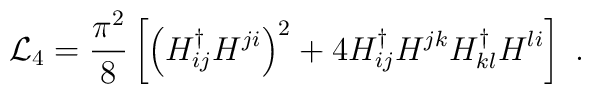
{\cal L}_4 = {{\pi^2} \over 8}   \left[    \left( H^{\dag}_{ij} H^{ji} \right)^2    + 4 H^{\dag}_{ij} H^{jk} H^{\dag}_{kl} H^{li}   \right]\ .